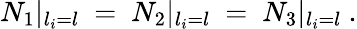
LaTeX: N_{1}|_{l_{i}=l}~=~N_{2}|_{l_{i}=l}{}~=~N_{3}|_{l_{i}=l}~.